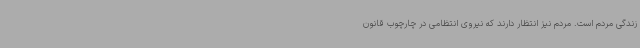
زندگی مردم است. مردم نیز انتظار دارند که نیروی انتظامی در چارچوب قانون